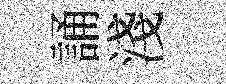
誦淺